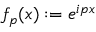
f _ { p } ( x ) : = e ^ { i p x }